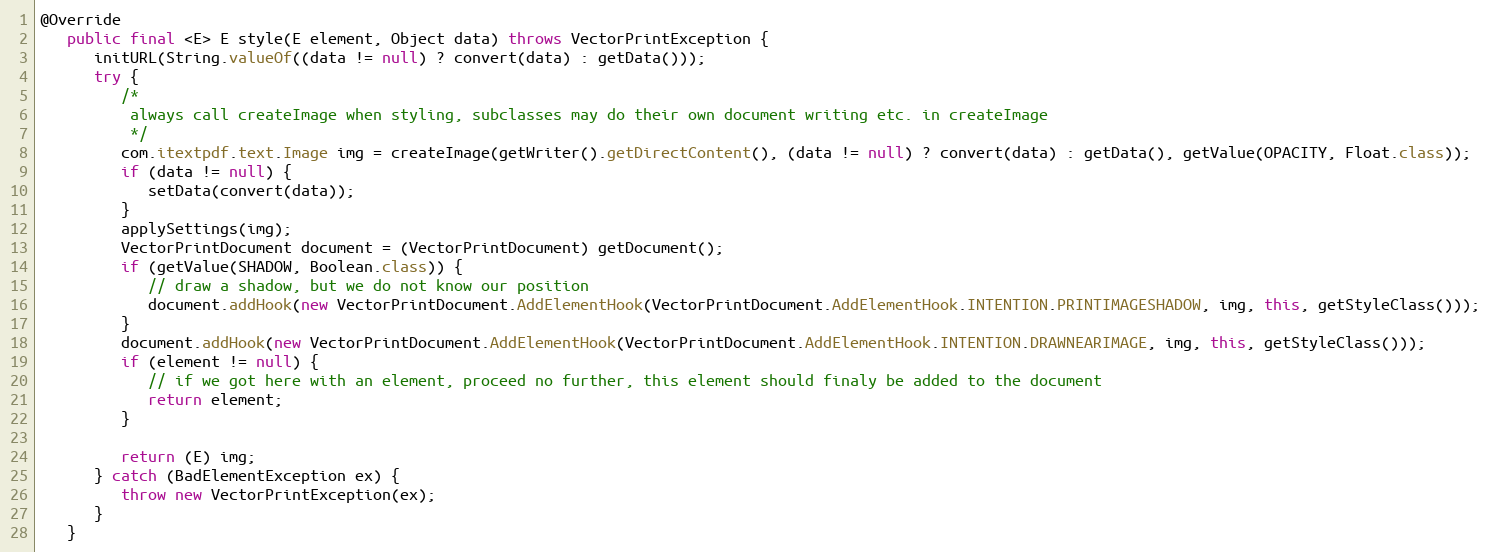
Language: Java
@Override
   public final <E> E style(E element, Object data) throws VectorPrintException {
      initURL(String.valueOf((data != null) ? convert(data) : getData()));
      try {
         /*
          always call createImage when styling, subclasses may do their own document writing etc. in createImage
          */
         com.itextpdf.text.Image img = createImage(getWriter().getDirectContent(), (data != null) ? convert(data) : getData(), getValue(OPACITY, Float.class));
         if (data != null) {
            setData(convert(data));
         }
         applySettings(img);
         VectorPrintDocument document = (VectorPrintDocument) getDocument();
         if (getValue(SHADOW, Boolean.class)) {
            // draw a shadow, but we do not know our position
            document.addHook(new VectorPrintDocument.AddElementHook(VectorPrintDocument.AddElementHook.INTENTION.PRINTIMAGESHADOW, img, this, getStyleClass()));
         }
         document.addHook(new VectorPrintDocument.AddElementHook(VectorPrintDocument.AddElementHook.INTENTION.DRAWNEARIMAGE, img, this, getStyleClass()));
         if (element != null) {
            // if we got here with an element, proceed no further, this element should finaly be added to the document
            return element;
         }

         return (E) img;
      } catch (BadElementException ex) {
         throw new VectorPrintException(ex);
      }
   }